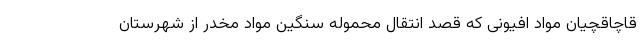
قاچاقچیان مواد افیونی که قصد انتقال محموله سنگین مواد مخدر از شهرستان